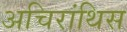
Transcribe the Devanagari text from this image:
अचिरांथिस